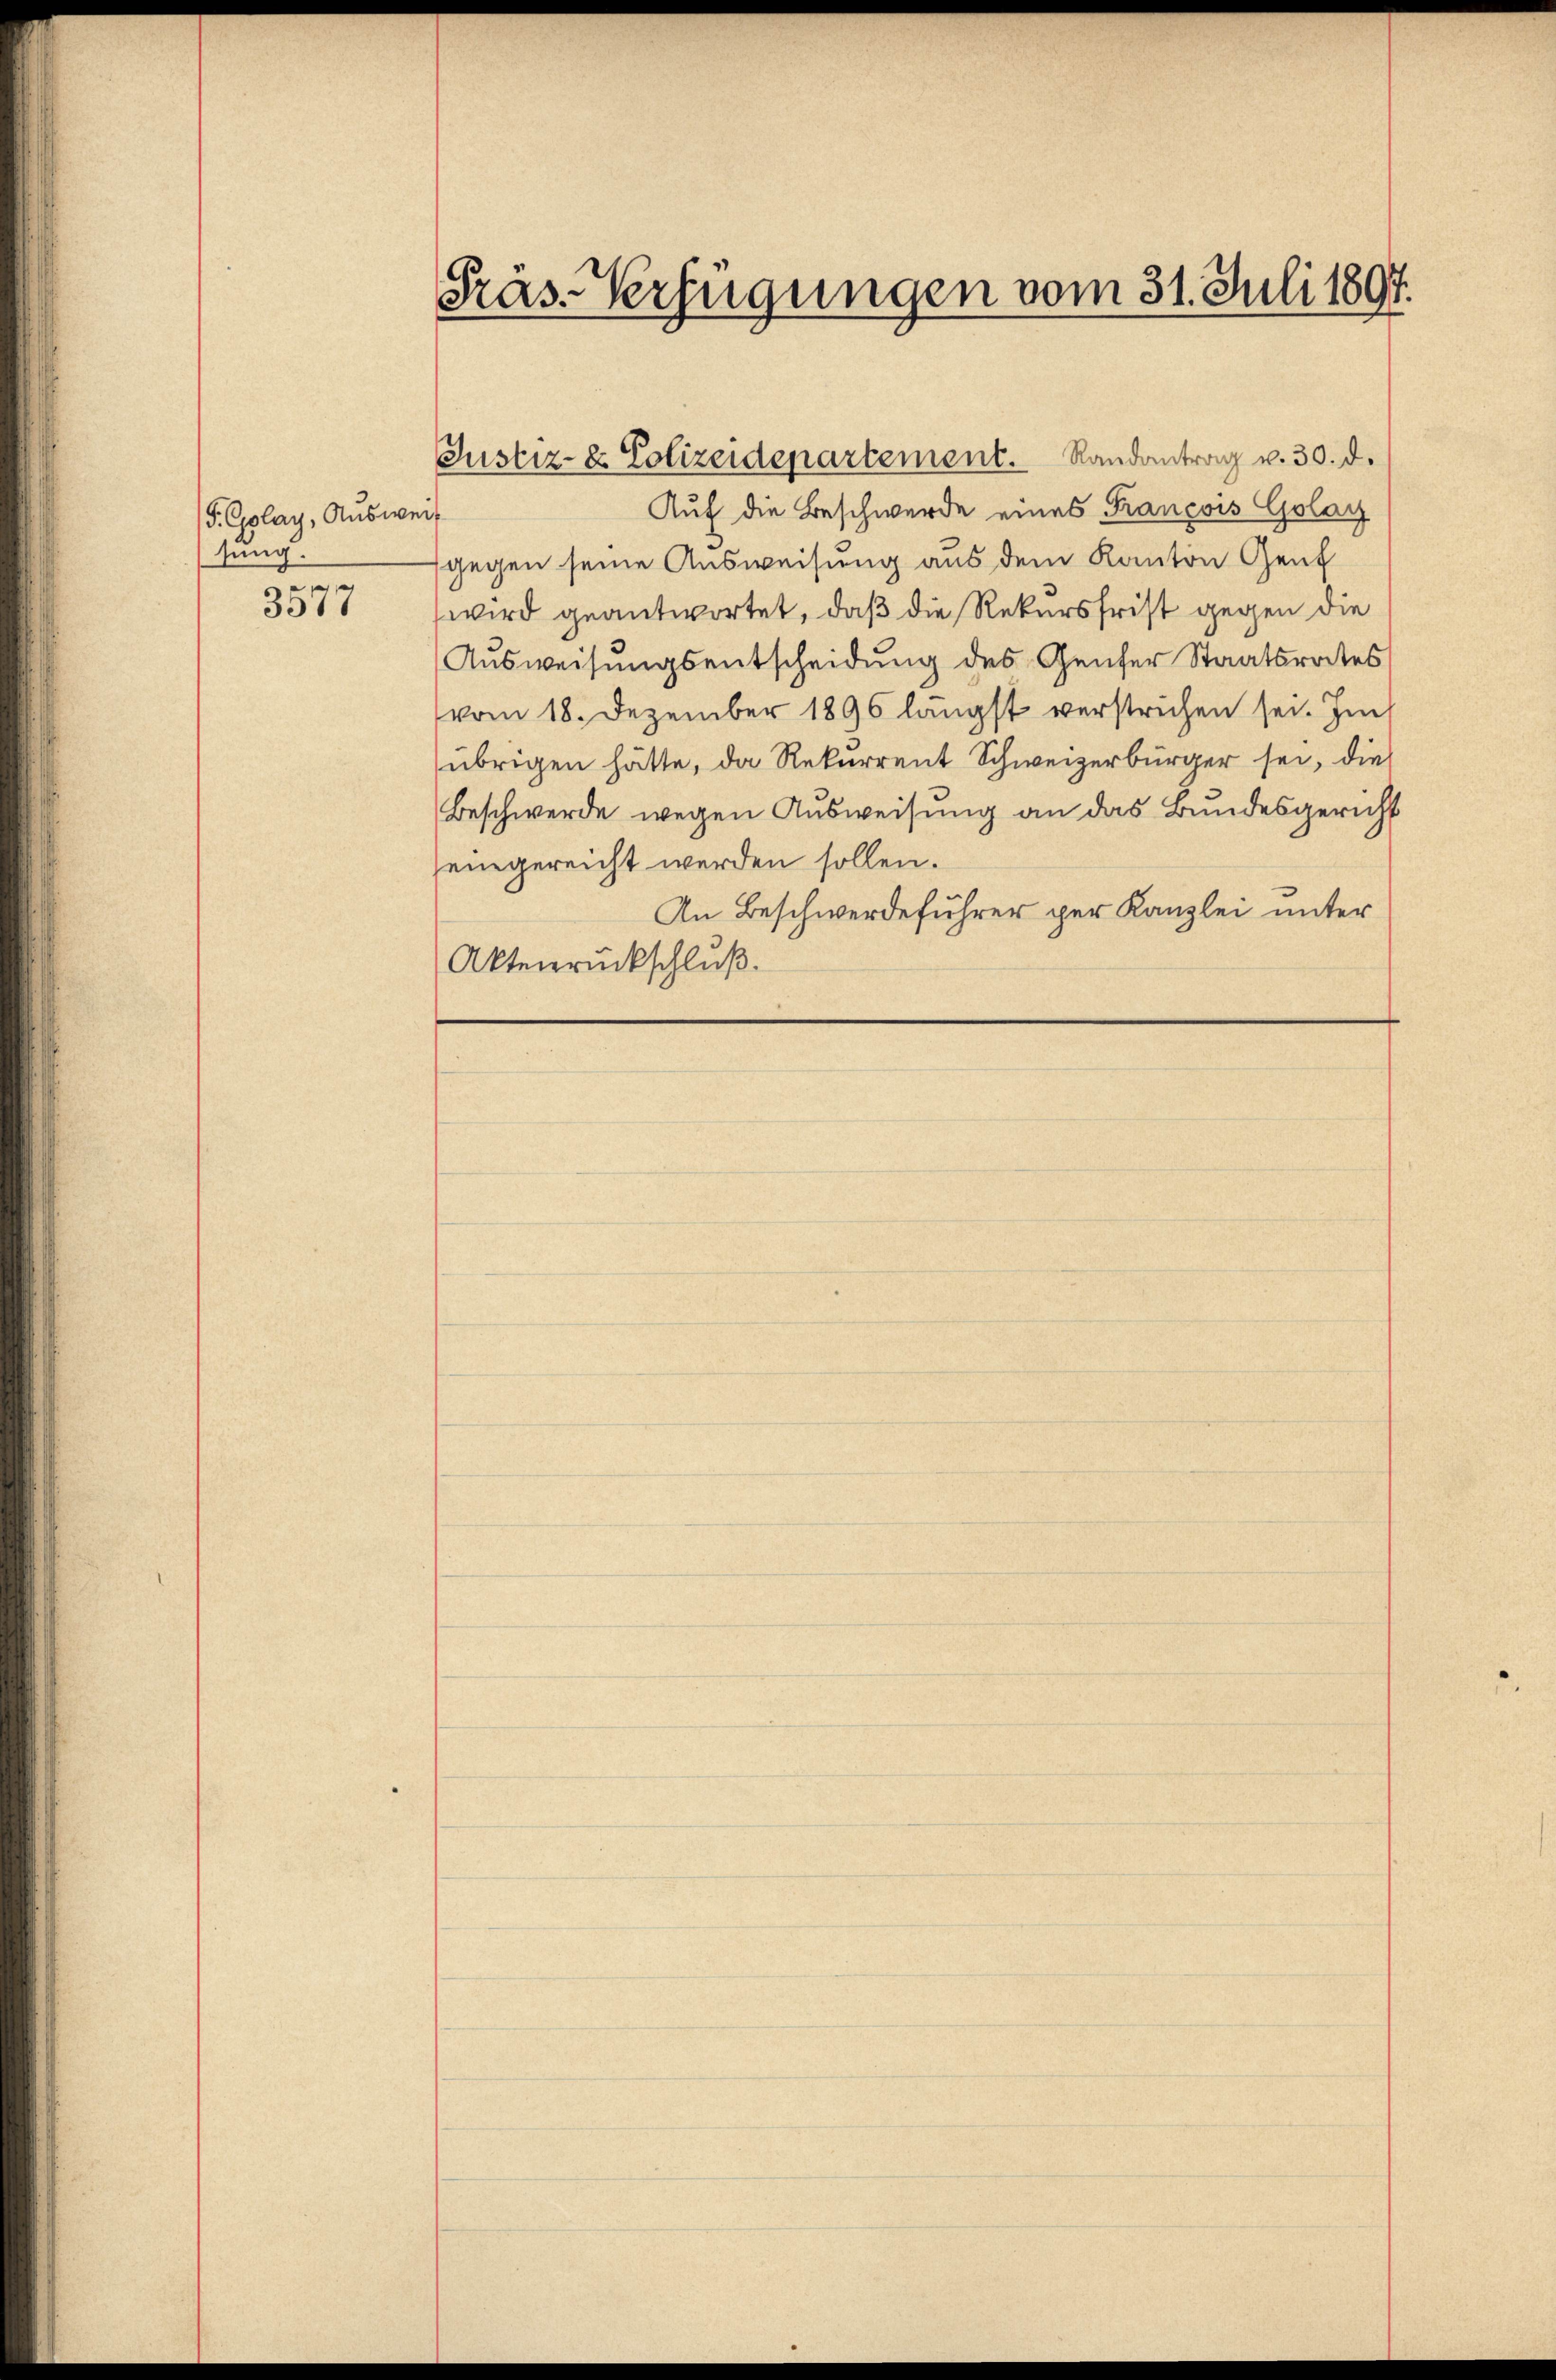
(P. Colay, Ausweis
tung.
i

3517

Präs. Verfügungen vom 31. Juli 1897.

Justiz- & Polizeidepartement. Randantrag v. 30. d.

Auf die Beschwerde eines Francois Golay
gegen seine Ausweisung aus dem Kanton Genf
wird geantwortet, daß die Rekursfrist gegen die
Ausweisungsentscheidung des Genfer Staatsrates
vom 18. Dezember 1896 längst verstrichen sei. Im
übrigen hätte, da Rekurrent Schweizerbürger sei, die
Beschwerde wegen Ausweisung an das Bundesgericht
eingereicht werden sollen.
An Beschwerdeführer per Kanzlei unter
Aktenrückschluß.